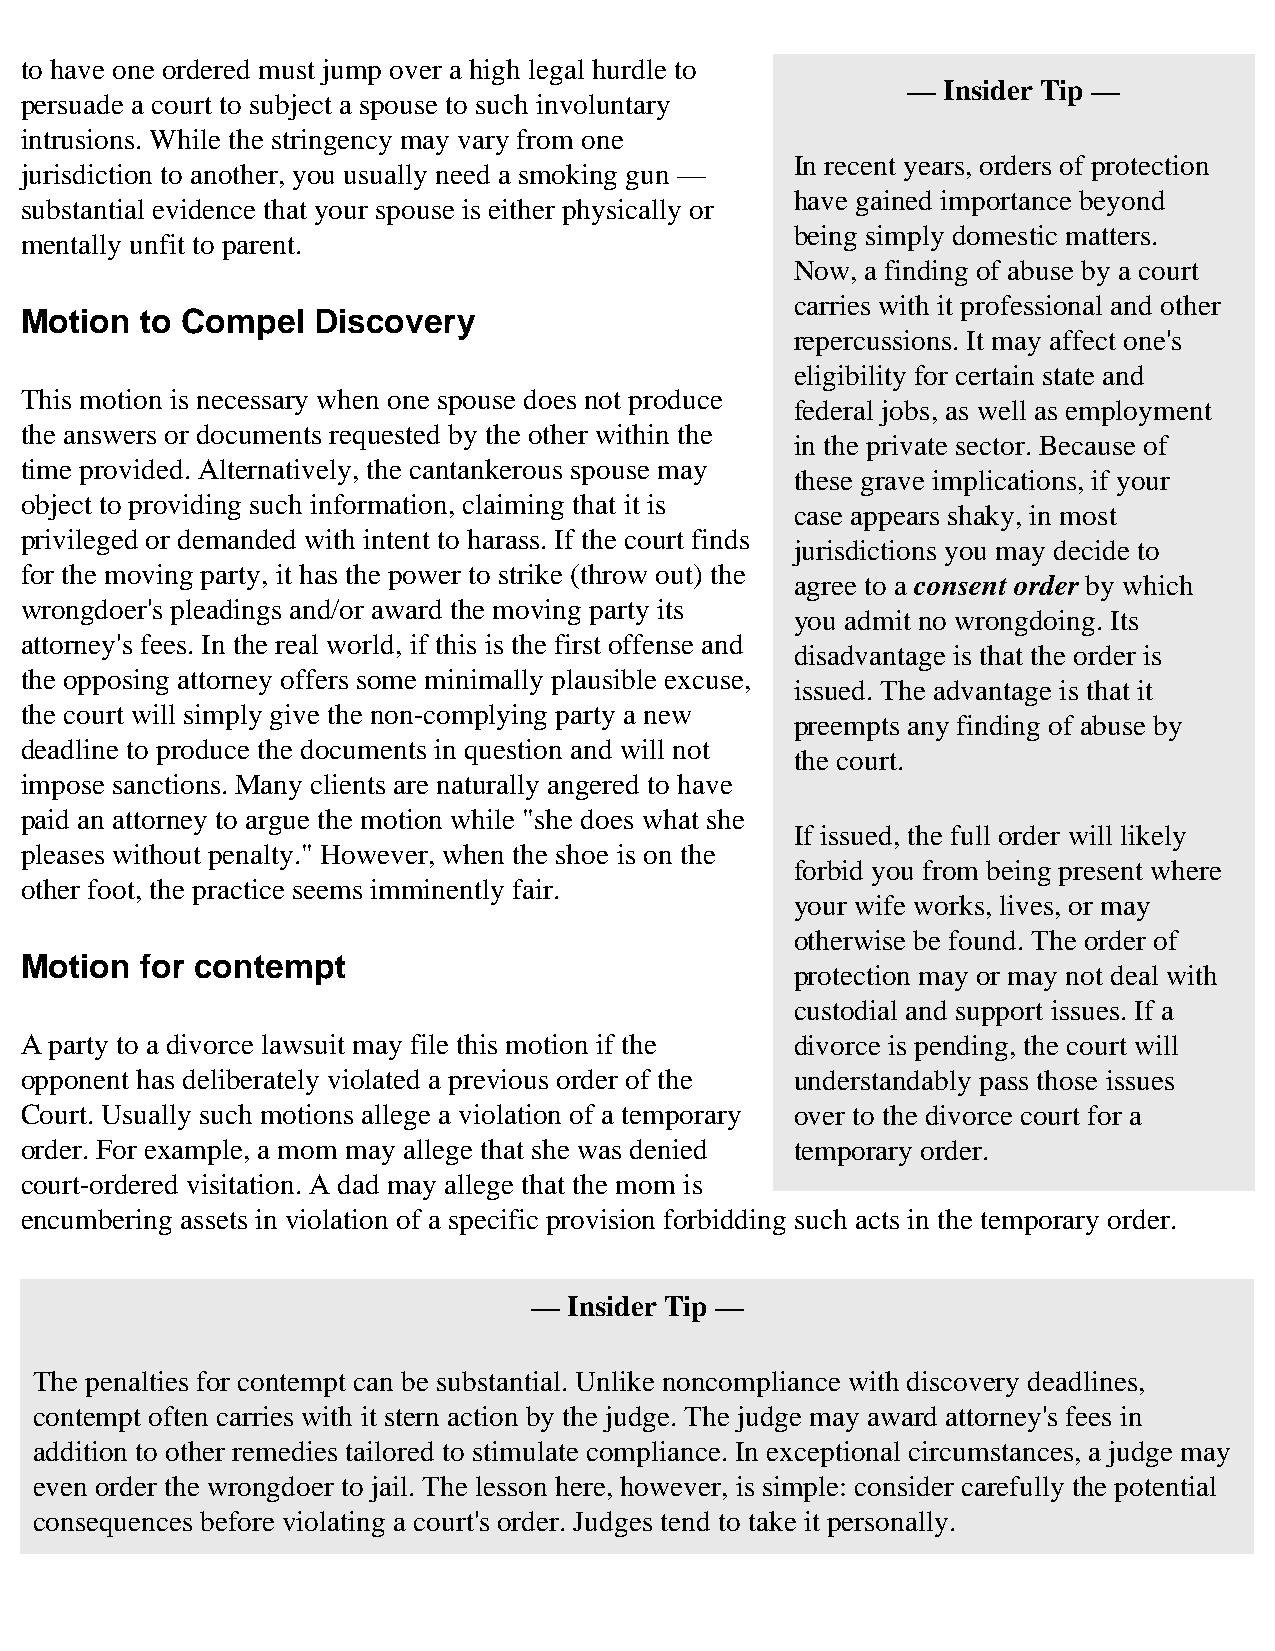
to have one ordered must jump over a high legal hurdle to
 — Insider Tip —
 persuade a court to subject a spouse to such involuntary
 intrusions. While the stringency may vary from one
 In recent years, orders of protection
 jurisdiction to another, you usually need a smoking gun —
 have gained importance beyond
 substantial evidence that your spouse is either physically or
 being simply domestic matters.
 mentally unfit to parent.
 Now, a finding of abuse by a court
 carries with it professional and other
 Motion  to Compel   Discovery
 repercussions. It may affect one's
 eligibility for certain state and
 This motion is necessary when one spouse does not produce
 federal jobs, as well as employment
 the answers or documents requested by the other within the
 in the private sector. Because of
 time provided. Alternatively, the cantankerous spouse may
 these grave implications, if your
 object to providing such information, claiming that it is
 case appears shaky, in most
 privileged or demanded with intent to harass. If the court finds
 jurisdictions you may decide to
 for the moving party, it has the power to strike (throw out) the
 agree to a consent order by which
 wrongdoer's pleadings and/or award the moving party its
 you admit no wrongdoing. Its
 attorney's fees. In the real world, if this is the first offense and
 disadvantage is that the order is
 the opposing attorney offers some minimally plausible excuse,
 issued. The advantage is that it
 the court will simply give the non-complying party a new
 preempts any finding of abuse by
 deadline to produce the documents in question and will not
 the court.
 impose sanctions. Many clients are naturally angered to have
 paid an attorney to argue the motion while "she does what she
 If issued, the full order will likely
 pleases without penalty." However, when the shoe is on the
 forbid you from being present where
 other foot, the practice seems imminently fair.
 your wife works, lives, or may
 otherwise be found. The order of
 Motion  for contempt
 protection may or may not deal with
 custodial and support issues. If a
 A party to a divorce lawsuit may file this motion if the divorce is pending, the court will
 opponent has deliberately violated a previous order of the understandably pass those issues
 Court. Usually such motions allege a violation of a temporary over to the divorce court for a
 order. For example, a mom may allege that she was denied temporary order.
 court-ordered visitation. A dad may allege that the mom is
 encumbering assets in violation of a specific provision forbidding such acts in the temporary order.
 —  Insider Tip —
 The penalties for contempt can be substantial. Unlike noncompliance with discovery deadlines,
 contempt often carries with it stern action by the judge. The judge may award attorney's fees in
 addition to other remedies tailored to stimulate compliance. In exceptional circumstances, a judge may
 even order the wrongdoer to jail. The lesson here, however, is simple: consider carefully the potential
 consequences before violating a court's order. Judges tend to take it personally.